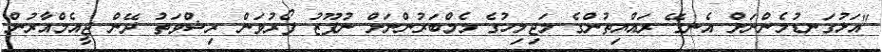
"އަޅުގަނޑުމެންނަށް އެނގޭ ރައްޔިތުންގެ މަޖިލިހުގެ މެމްބަރުންނަށް ނުފޫޒު ފޯރުވަން ރިޝްވަތު ދޭން ޖީއެމްއާރުން